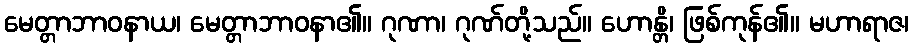
မေတ္တာဘာဝနာယ၊ မေတ္တာဘာဝနာ၏။ ဂုဏာ၊ ဂုဏ်တို့သည်။ ဟောန္တိ၊ ဖြစ်ကုန်၏။ မဟာရာဇ၊